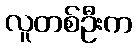
လူတစ်ဦးက